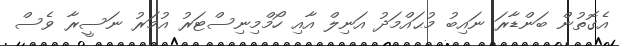
އެގޮތުން ބަންޑާރަ ނައިބު މުޙައްމަދު އަނިލް އާއި ހޯމްމިނިސްޓަރު އުމަރު ނަސީރާ ވެސް